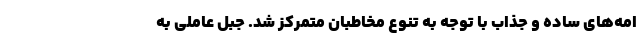
امه‌هاي ساده و جذاب با توجه به تنوع مخاطبان متمركز شد. جبل عاملی به